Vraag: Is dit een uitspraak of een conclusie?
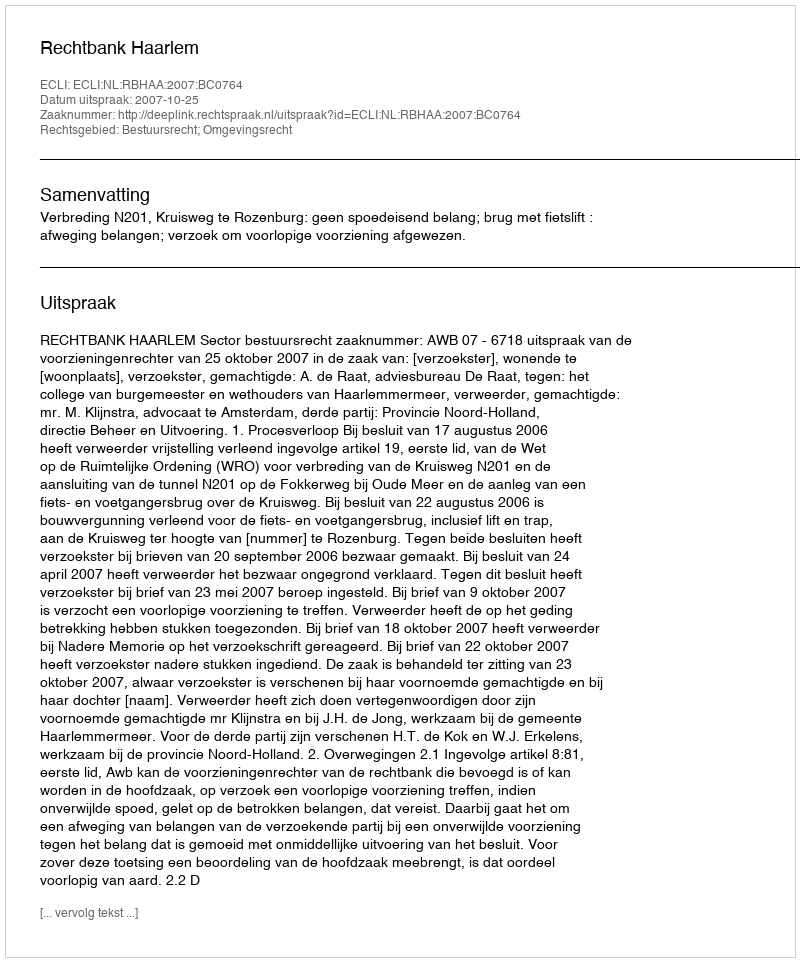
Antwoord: Uitspraak